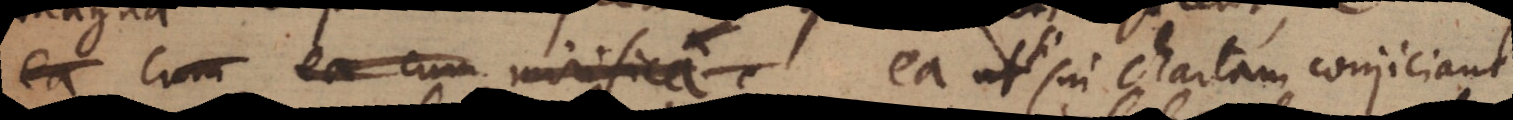
ea cum ea cum mirifica ea ut si in chartam conjiciant